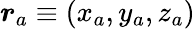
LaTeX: \boldsymbol{r}_{a}\equiv(x_{a},y_{a},z_{a})